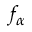
f _ { \alpha }